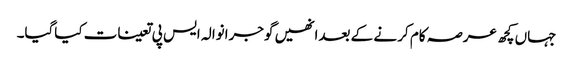
جہاں کچھ عرصہ کام کر نے کے بعدانھیں گوجرانوالہ ایس پی تعینات کیاگیا۔